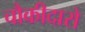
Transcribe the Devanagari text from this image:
चौकीदारो